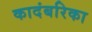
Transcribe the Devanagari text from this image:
कादंबरिका